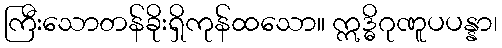
ကြီးသောတန်ခိုးရှိကုန်ထသော။ ဣဒ္ဓိဂုဏူပပန္နာ၊